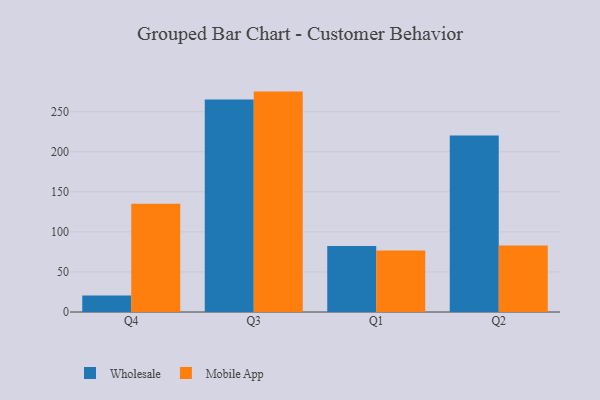
{"axis": {"x": "Quarter", "y": "Temperature (°C)"}, "legend": ["Mobile App", "Wholesale"], "data": [{"x": "Q4", "y": 20.5, "type": "Wholesale"}, {"x": "Q4", "y": 135.0, "type": "Mobile App"}, {"x": "Q3", "y": 265.1, "type": "Wholesale"}, {"x": "Q3", "y": 275.1, "type": "Mobile App"}, {"x": "Q1", "y": 82.4, "type": "Wholesale"}, {"x": "Q1", "y": 76.8, "type": "Mobile App"}, {"x": "Q2", "y": 220.3, "type": "Wholesale"}, {"x": "Q2", "y": 83.1, "type": "Mobile App"}]}